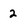
Character: 2